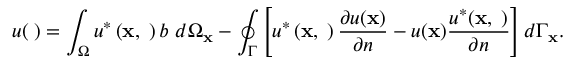
u ( { \mathbf \xi } ) = \int _ { \Omega } u ^ { * } \left( \mathbf { x } , { \mathbf \xi } \right) b \ d \Omega _ { \mathbf { x } } - \oint _ { \Gamma } \left[ u ^ { * } \left( \mathbf { x } , { \mathbf \xi } \right) \frac { \partial u ( \mathbf { x } ) } { \partial n } - u ( \mathbf { x } ) \frac { u ^ { * } ( \mathbf { x } , { \mathbf \xi } ) } { \partial n } \right] d \Gamma _ { \mathbf { x } } .